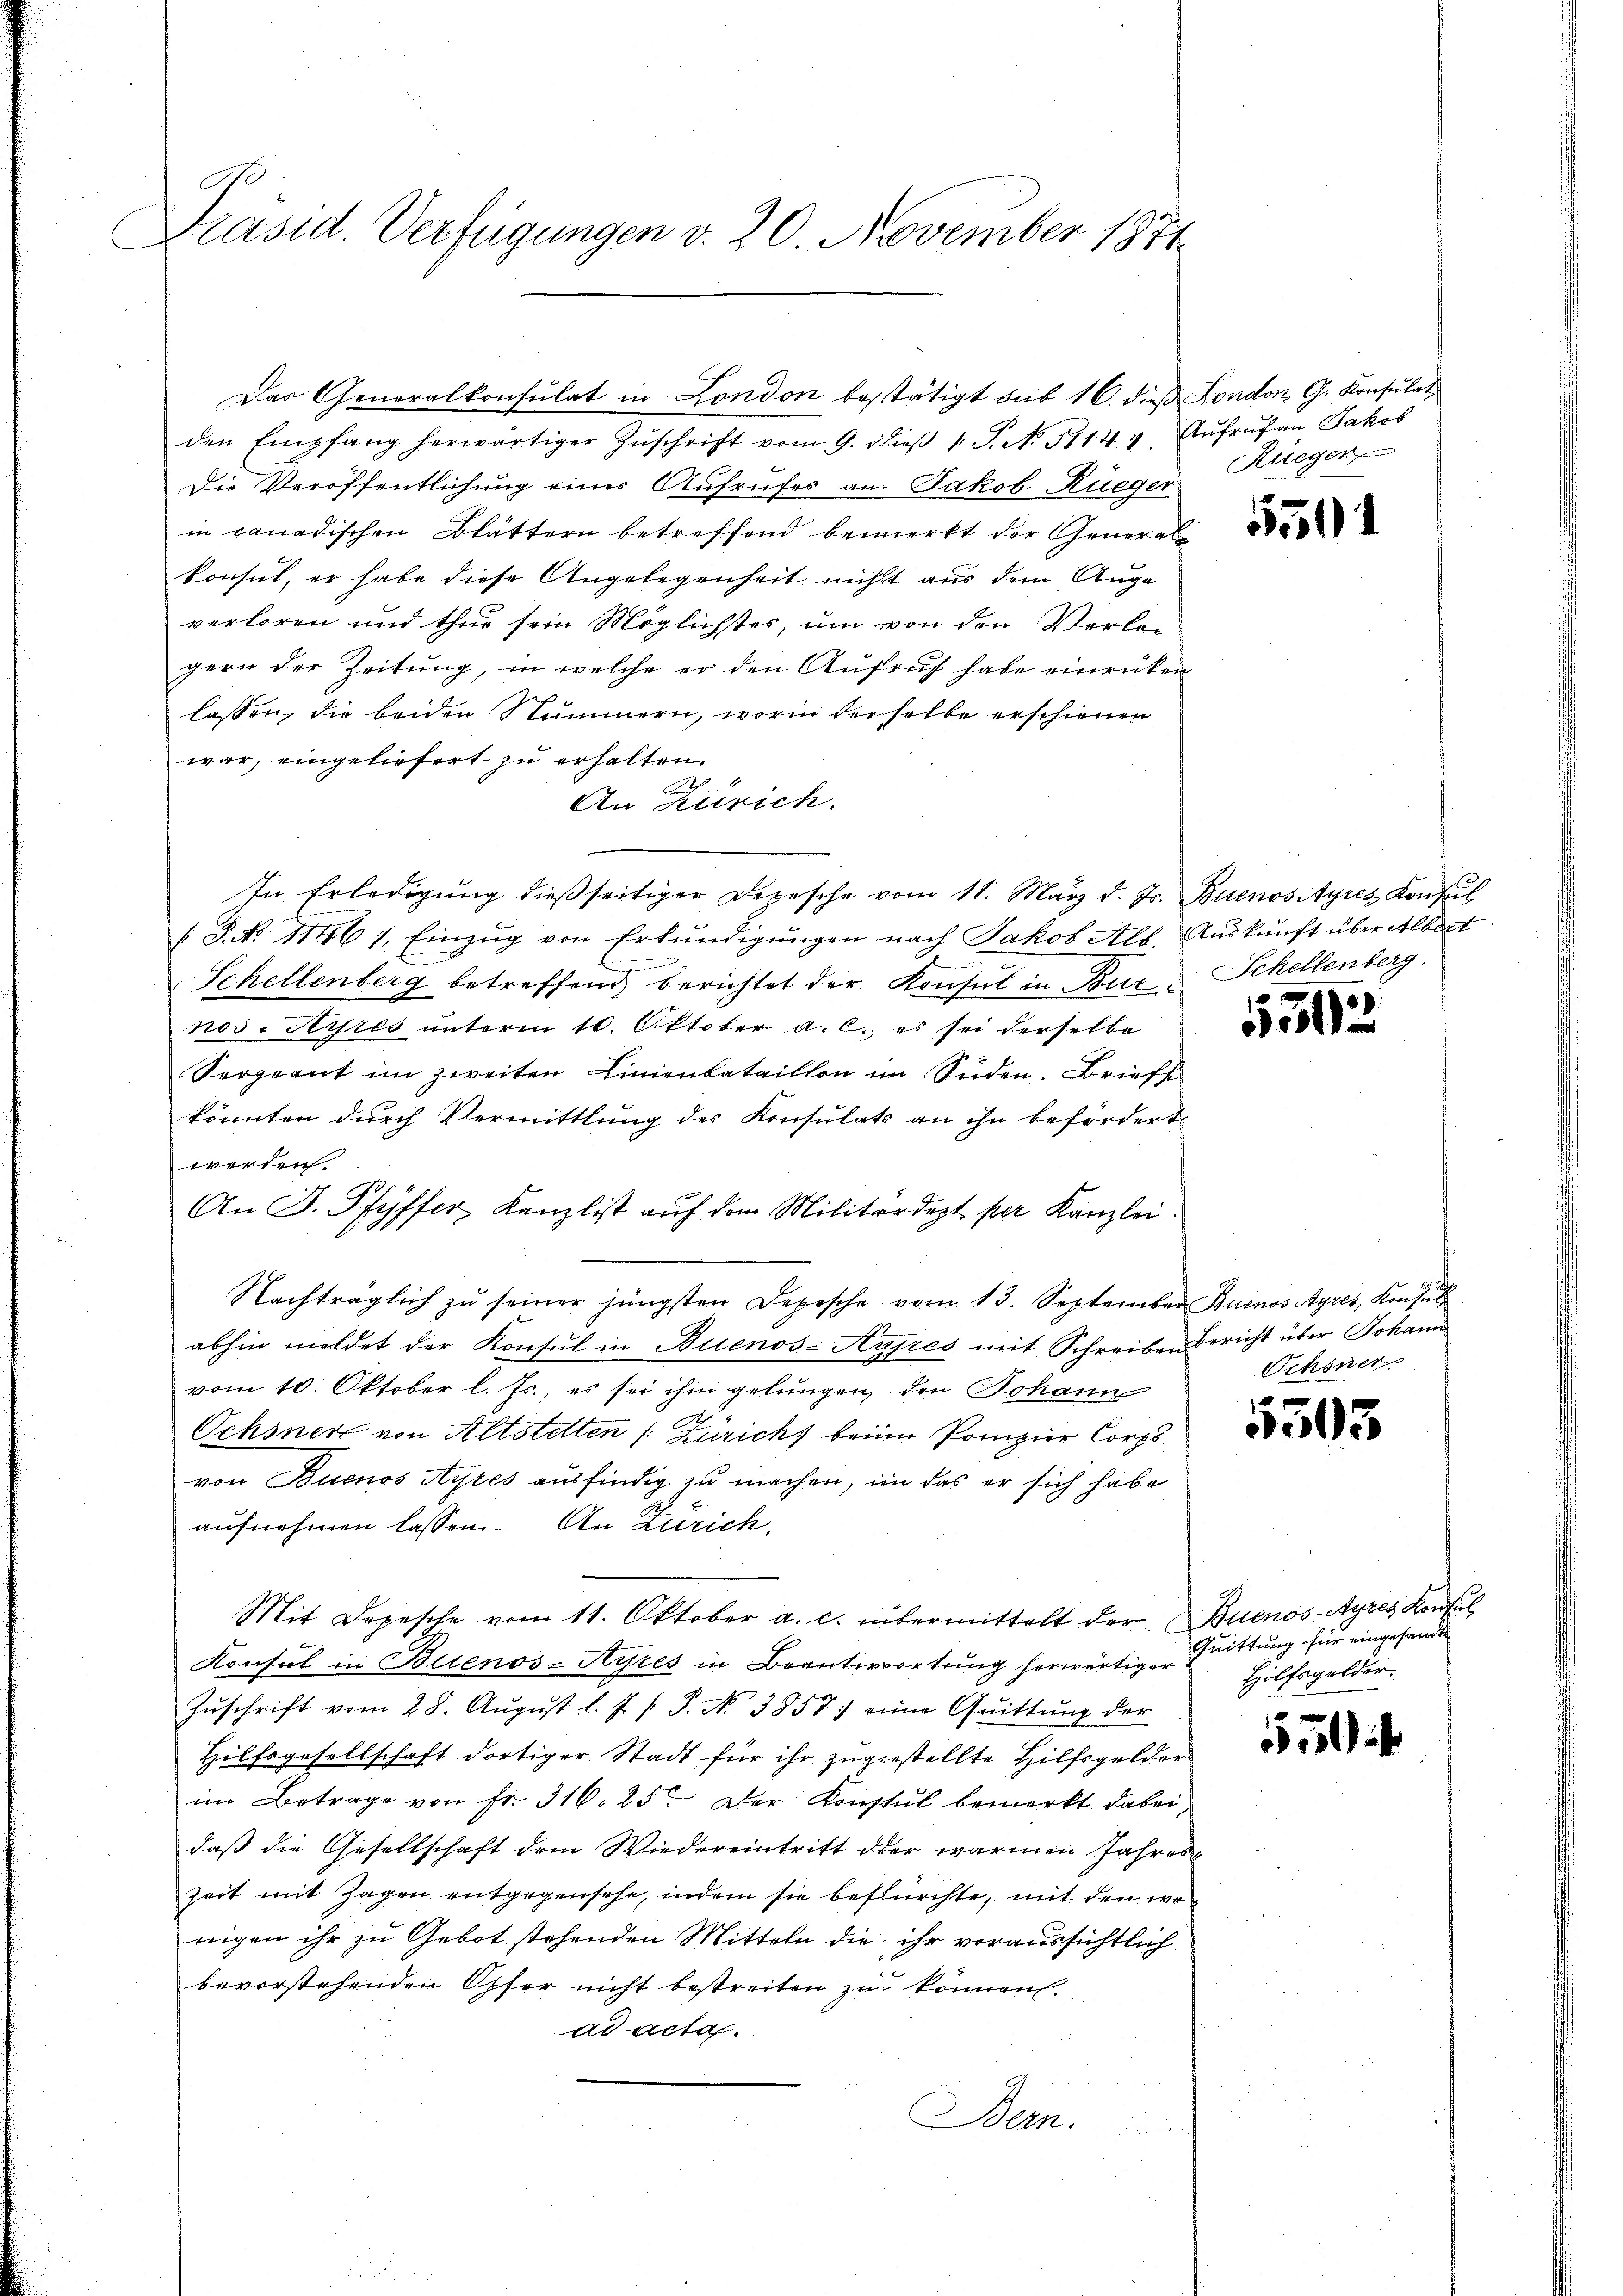
G
Präsid. Verfügungen v. 20. November 1874

den Empfang herwärtiger Zŭschrift vom 9. dieβ 1. J. N. 51144. Aŭfrŭf an Jakob
Die Veröffentlichung einer Aufrufer an Jakob Rüeger
in canadischen Blättern betreffend bemerkt der General
konsul, er habe diese Angelegenheit nicht aus dem Auge
verloren und thue sein Möglichstes, um von den Vorlegern der Zeitung, in welche er den Aufruf habe einrücken
lassen, die beiden Nummern, worin derselbe erschienen
war, eingeliefert zu erhalten.
An Zürich.
In Erledigung dießseitiger Depesche vom 11. März d. Js. Buenos Ayres Konfl
1. P. No. 11461. Einzŭg von Erkŭndigŭngen nach Jakob Alb. Aŭskŭnft über Albert
.
Schellenberg betreffend berichtet der Konsul in Bur- Schellenberg.
nos-Ayres ŭnterm 10. Oktober a. c. es sei derselbe
Sergnant im zweiten Linienbataillon im Süden. Briefst
könnten durch Vermittlung des Konsulats an ihn befördert
werden
An D. Pfyffer, Kanzlist aŭf dem Militärdept per Kanzlei.
Nachträglich zŭ seiner jüngsten Depesche vom 13. September Buenos Ayres, Konsŭl
abhin meldet der Konsul in Buenos-Ausres mit Schreiben Bericht über Johann
vom 10. Oktober l. Js., es sei ihm gelungen, den Johann
Ochsner von Altstetten (Zürich beim Prinzier Corps
von Buenos Ayres ausfindig zu machen, im das er sich habe
aufnehmen lassen. An Zürich,
Mit Depesche vom 11. Oktober a. c. übermittelt der Buenos-Ayres Konsul
Konsul in Blienos-Aistes in Beanterwortung herwärtiger.
Zŭschrift vom 28. Aŭgŭst l. J. P. N. 3857) eine Quittung der
Hilfsgesellschaft dortiger Stadt für ihr zugestellte Hilfsgelder
im Betrage von fr. 316. 25. Der Konsul bemerkt dabei
daß die Gesellschaft dem Wiedereintritt der warmen Jahres
Zeit mit Zagen entgegensehe, indem sie befürchte, mit den wo
nigen ihr zu Gebot stehenden Mitteln die ihr voraussichtlich
bevorstehenden Opfer nicht bestreiten zu können.
ad acta.
Bern.
.

Das Generalkonsulat in London bestätigt sub 16. dieß London G. Konsulat

Rüeger

5501

53

Schöner

n
503

Quittung für eingesandte
Hilfsgelder.

550